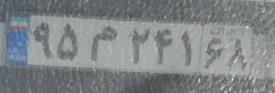
۹۵م۲۴۱۶۸